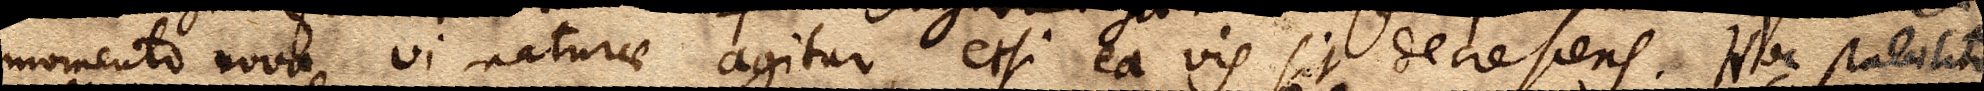
momento nova vi naturae agitur, etsi ea vis sit decrescens. Hoc stabilito,